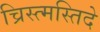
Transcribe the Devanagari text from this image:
च्रिस्त्मस्तिदे